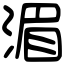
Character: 湄